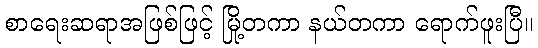
စာရေးဆရာအဖြစ်ဖြင့် မြို့တကာ နယ်တကာ ရောက်ဖူးပြီ။